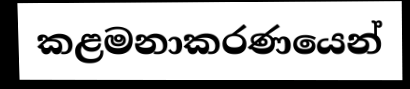
කළමනාකරණයෙන්